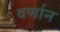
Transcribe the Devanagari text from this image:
वर्णान